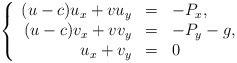
\begin{align*}\left\{\begin{array}{rllll}({u}-c) { u}_x+{ v}{ u}_y&=&-{ P}_x,\\({ u}-c) { v}_x+{ v}{ v}_y&=&-{ P}_y-g,\\{ u}_x+{v}_y&=&0\end{array}\right.\end{align*}